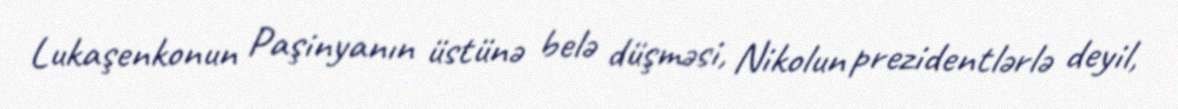
Lukaşenkonun Paşinyanın üstünə belə düşməsi, Nikolun prezidentlərlə deyil,